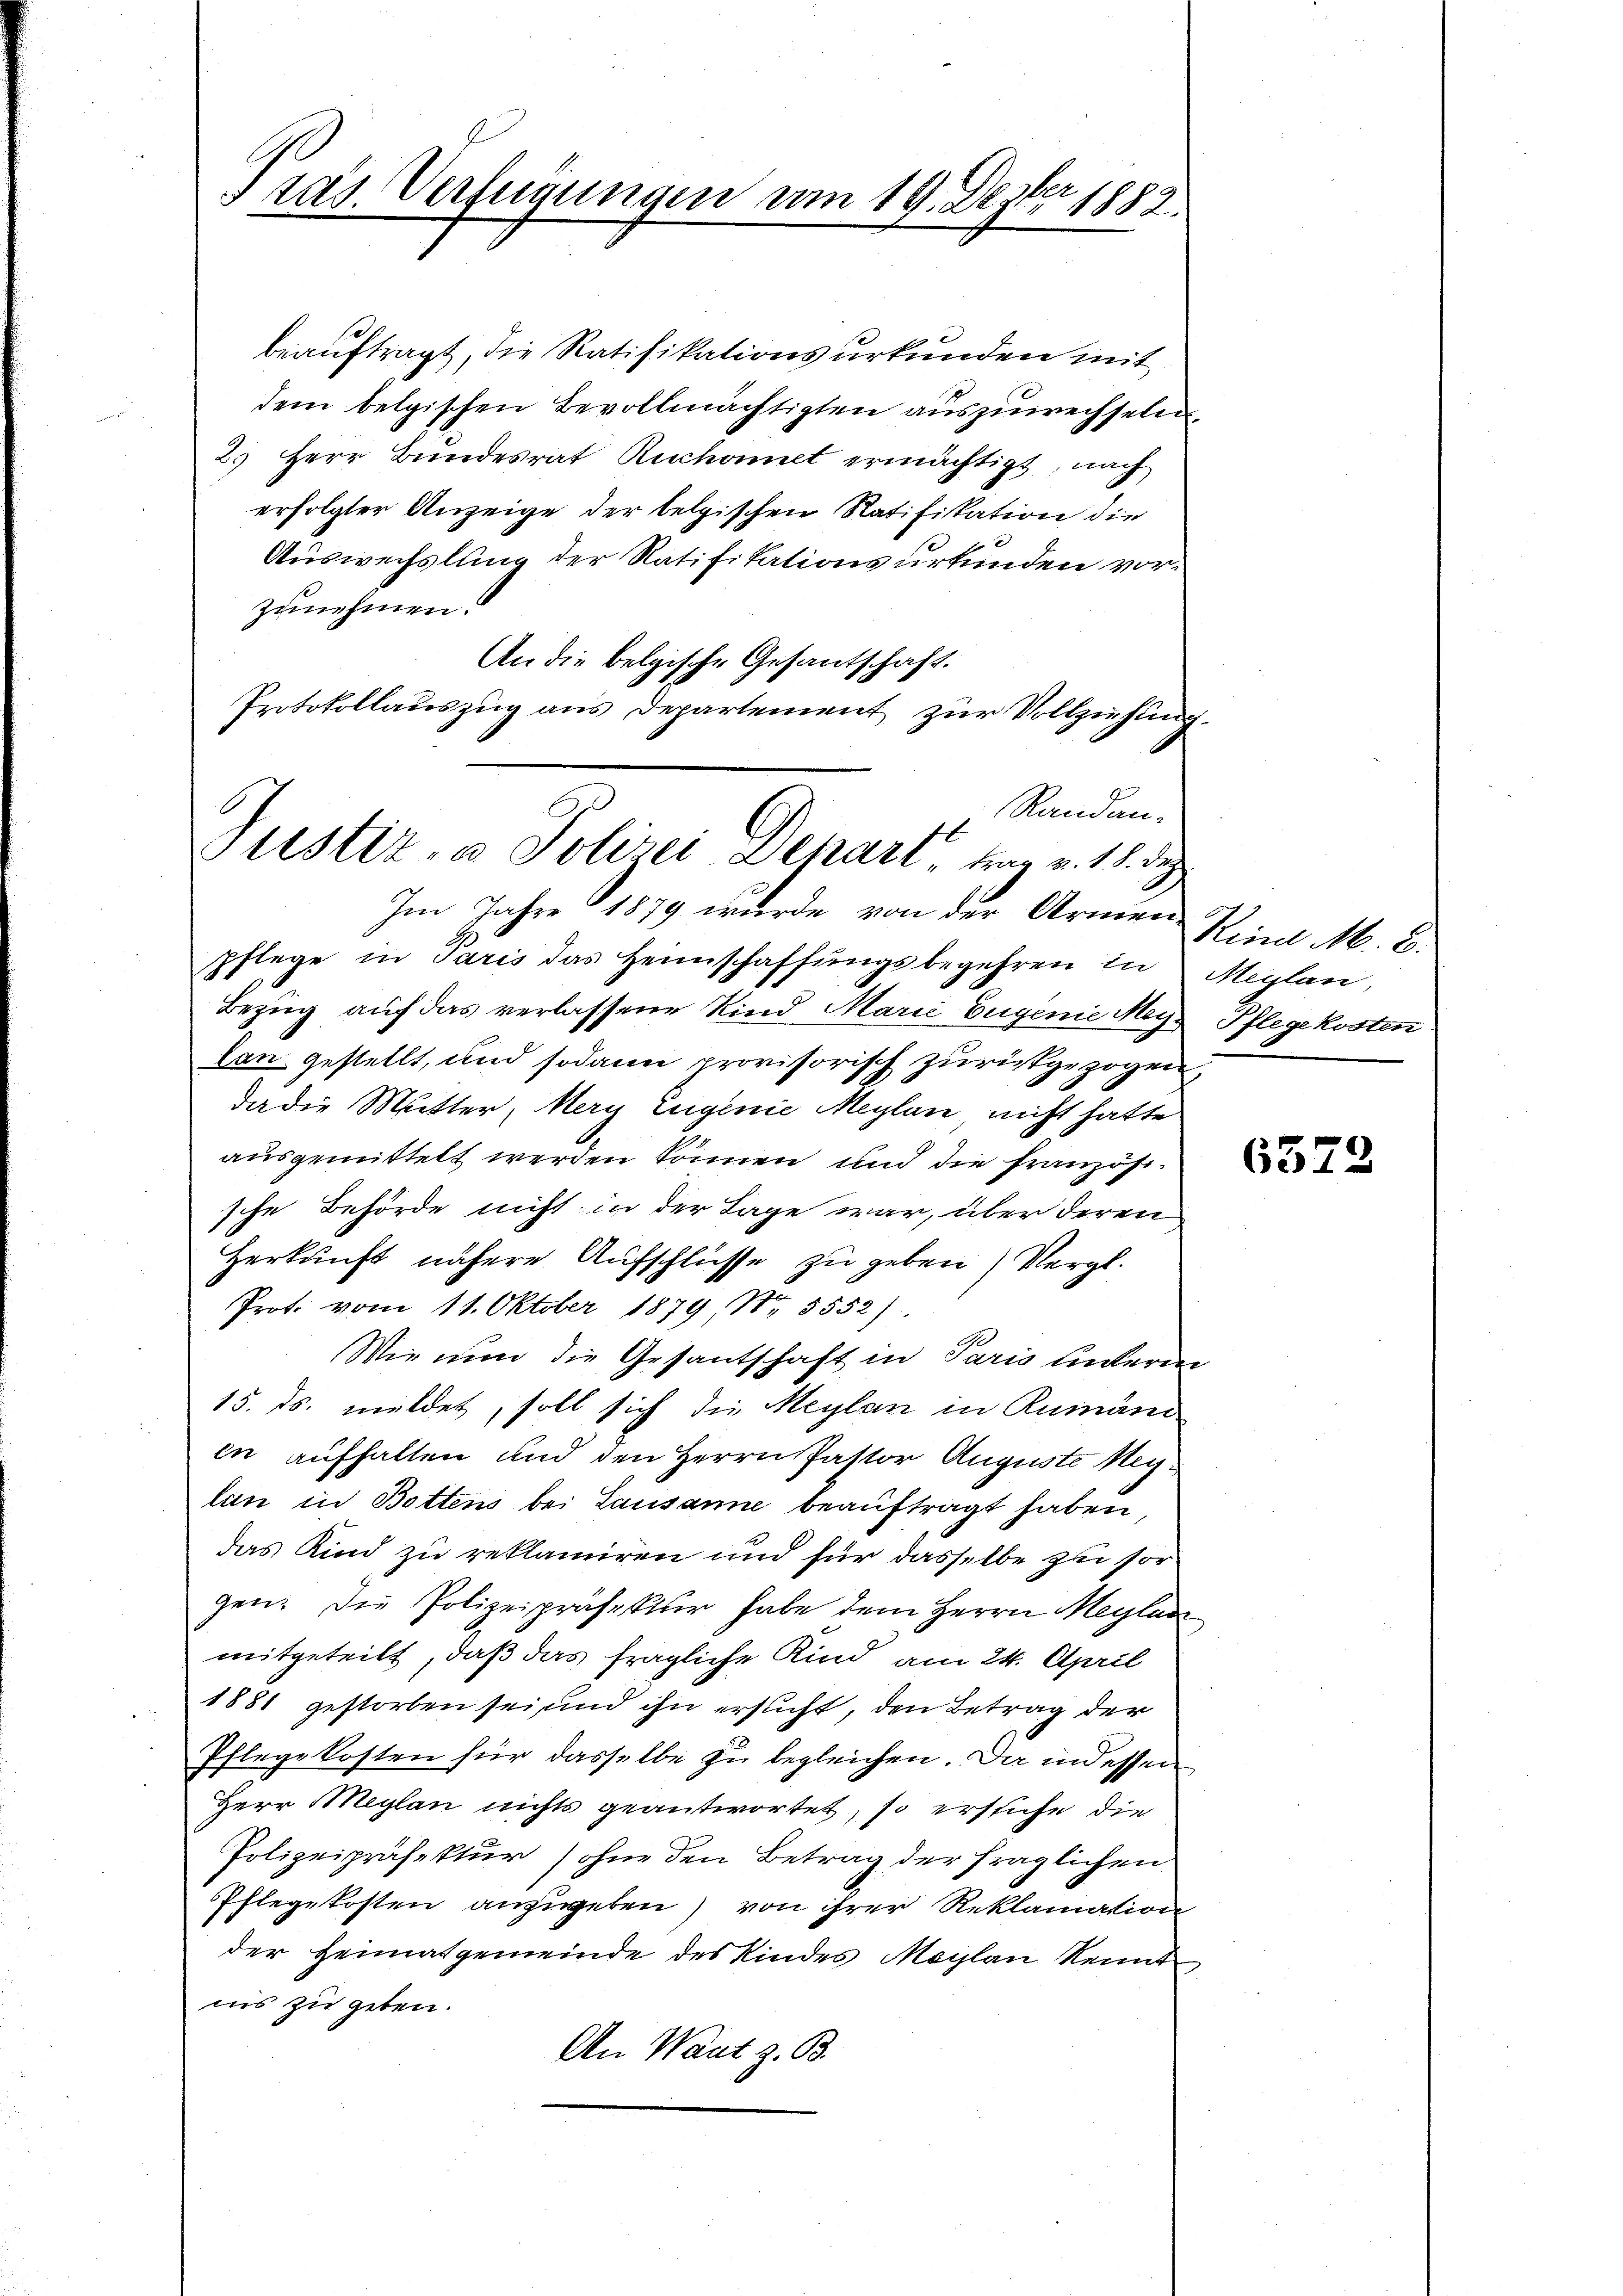
s ras. Verfügungen am 19. Dezter 1882.

beauftragt, die Ratifikationsurkunden mit
dem belgischen Bevollmächtigten auszuwechseln.
2. Herr Bundesrat Ruchonet ermächtigt, nach
erfolgter Anzeige der belgischen Ratifikation die
Auswechslung der Ratifikationsurkunden vorzunehmen.
An die belgische Gesantschaft.
Protokollauszug aus Departement zur Vollziehung.
Randan¬

Justiz- & Polizei Schart, trag v. 18. di
Im Jahre 1879 wurde von der Armen Kind M. B.

pflege in Paris das Heimschaffungsbegehren in Meglan,
Bezug auf das verlassene Kind Marić Eugenie Meilan gestellt, und sodann provisorisch zurückgezogen,
da die Mutter, Mery Eugenie Meylan nicht hatte
ausgemittelt werden können und die Französsche Behörde nicht in der Lage war, über deren
Herkunft nähere Aufschlüsse zu geben) Vergl.
Prot. vom 11. Oktober 1879 Nr. 5552)
Wie nun die Gesantschaft in Paris unterm
15. ds. meldet, soll sich die Meylan in Rumänd
in aufhalten und den Herrn Pastor Auguste Meylan in Bottens bei Lausanne beauftragt haben
das Kind zu reklamiren und für dasselbe zu sor
gen. Die Polizeipräsektur habe dem Herrn Maylan
mitgeteilt, daß das fragliche Kind am 24. April
1881 gestorben sei, und ihn ersucht, den Betrag der
Pflegekosten für dasselbe zu begleichen. Da indessen
Herr Maglan nichts geantwortet, so erstiche die
Polizeipräsektur (ohne den Betrag der fraglichen
Pflegekosten anzugeben) von ihrer Reklamation
der Heimatgemeinde des Kindes Maylan kennt
ins zu geben.
An Waat z. B.

Pflegekosten

6372